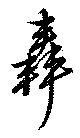
轟